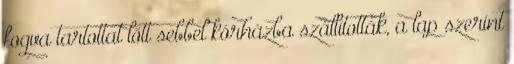
fogva tartottat lőtt sebbel kórházba szállították, a lap szerint